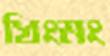
খিংমং